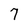
Character: 7